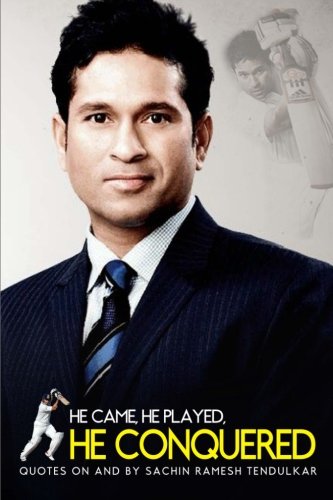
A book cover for He Came, He Played, He Conquered: Quotes on and by Sachin Ramesh Tendulkar; Sreechinth C; Sports & Outdoors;